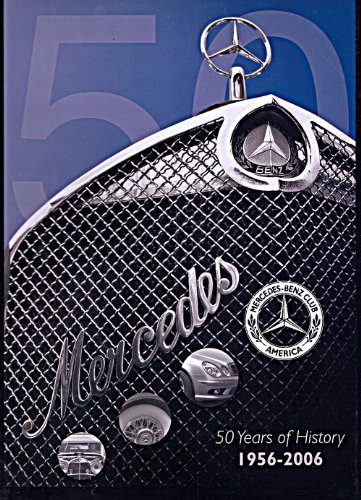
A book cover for Mercedes-Benz Club America: 50 Years of History; Bruce A Adams; Engineering & Transportation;